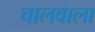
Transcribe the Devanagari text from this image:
चालवाला